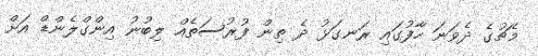
މެޗުގެ ދެވަނަ ހާފުގައި ރަނގަޅު ދެ ތިން ފުރުސަތެއް ލިބުނު އިންގްލެންޑް އަށް